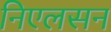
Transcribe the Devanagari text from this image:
निएलसन